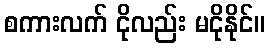
စကားလက် ငိုလည်း မငိုနိုင်။